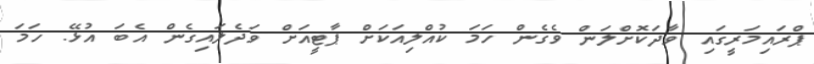
ޕްރައިމަރީގައި ވާދަކޮށްލަން ވެގެން ހަމަ ކުއްލިއަކަށް ޕާޓީއަށް ވަދެލައިގެން އެބަ އުޅޭ. ހަމަ